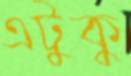
এটুকু